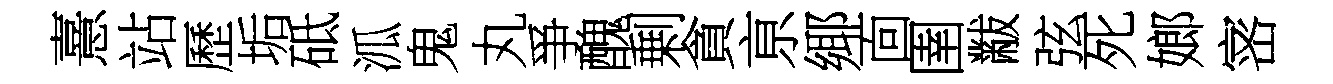
憙站歷垢砥泒鬼丸爭醜剰貪亰鄊靣圉黻弦死嫏宻